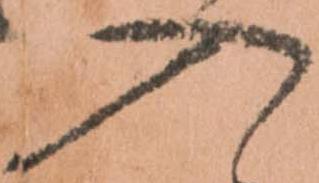
入